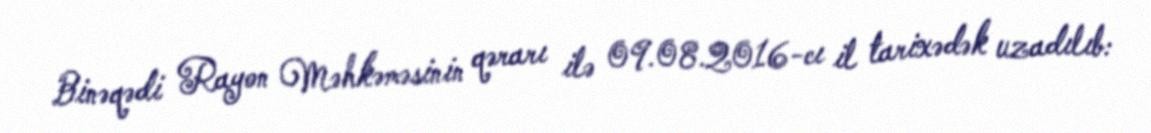
Binəqədi Rayon Məhkəməsinin qərarı ilə 09.08.2016-cı il tarixədək uzadılıb: